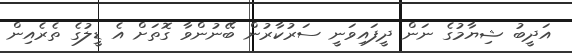
އަދީބު ޝިޔާމުގެ ނަން ދީފައިވަނީ ސަރުކާރުން ބޭނުންވާ ގޮތަށް އެ ޑީލުގެ ތެރެއިން